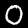
Digit: 0